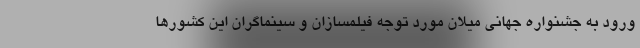
ورود به جشنواره جهانی میلان مورد توجه فیلمسازان و سینماگران این کشورها